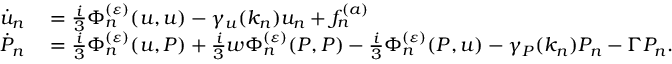
\begin{array} { r l } { \dot { u } _ { n } } & { { } = \frac { i } { 3 } \Phi _ { n } ^ { ( \varepsilon ) } ( u , u ) - \gamma _ { u } ( k _ { n } ) u _ { n } + f _ { n } ^ { ( a ) } } \\ { \dot { P } _ { n } } & { { } = \frac { i } { 3 } \Phi _ { n } ^ { ( \varepsilon ) } ( u , P ) + \frac { i } { 3 } w \Phi _ { n } ^ { ( \varepsilon ) } ( P , P ) - \frac { i } { 3 } \Phi _ { n } ^ { ( \varepsilon ) } ( P , u ) - \gamma _ { P } ( k _ { n } ) P _ { n } - \Gamma P _ { n } . } \end{array}